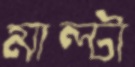
মাল্টা